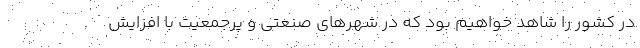
در کشور را شاهد خواهیم بود که در شهرهای صنعتی و پرجمعیت با افزایش